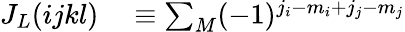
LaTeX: \begin{array}{rl}{J_{L}(ijkl)}&{{}\equiv\sum_{M}(-1)^{j_{i}-m_{i}+j_{j}-m_{j}}}\end{array}